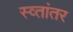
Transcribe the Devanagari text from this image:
स्व्तांतर